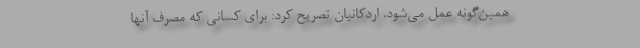
همین‌گونه عمل می‌شود. اردکانیان تصریح کرد: برای کسانی که مصرف آنها